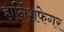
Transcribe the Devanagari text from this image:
हार्निशफेगर